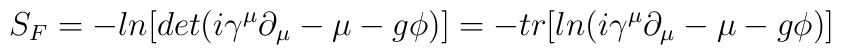
S_F=-ln[det(i\gamma^{\mu}\partial_{\mu}-\mu-g\phi)]=-tr[ln(i\gamma^{\mu}\partial_{\mu}-\mu-g\phi)]